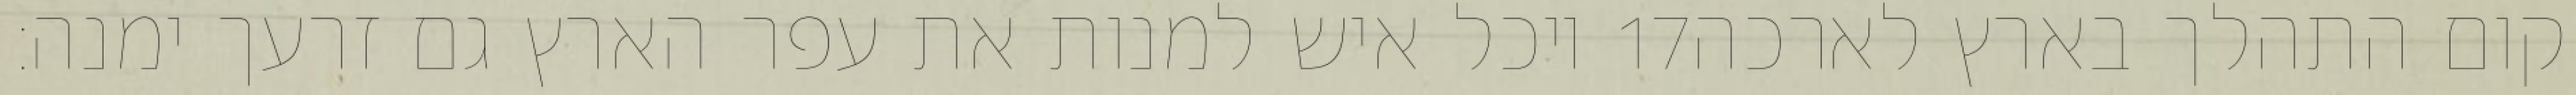
יוכל איש למנות את עפר הארץ גם זרעך ימנה׃ ‎17‏ קום התהלך בארץ לארכה